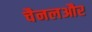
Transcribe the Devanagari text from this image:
चैनलऔर